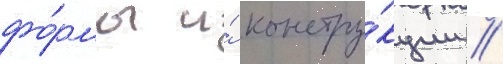
фо́рмы и́ констру́кции /